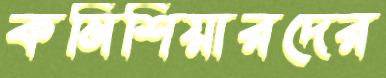
কমিশিয়ারদের